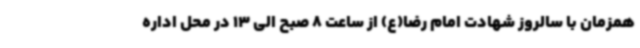
همزمان با سالروز شهادت امام رضا(ع) از ساعت 8 صبح الی 13 در محل اداره